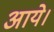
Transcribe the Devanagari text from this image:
अाये।